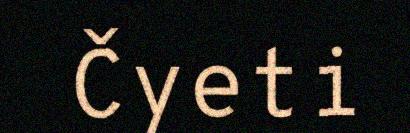
Čyeti